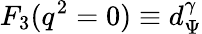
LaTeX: F_{3}(q^{2}=0)\equiv d_{\Psi}^{\gamma}